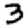
Digit: 3